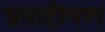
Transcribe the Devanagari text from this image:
प्रवाहीपण